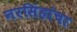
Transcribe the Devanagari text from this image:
नरसिंहांचा